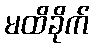
မထိခိုက်